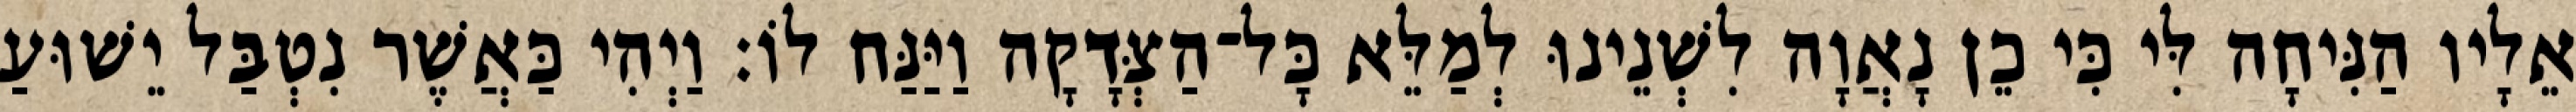
אֵלָיו הַנִּיחָה לִּי כִּי כֵן נָאֲוָה לִשְׁנֵינוּ לְמַלֵּא כָּל־הַצְּדָקָה וַיַּנַּח לוֹ׃ וַיְהִי כַּאֲשֶׁר נִטְבַּל יֵשׁוּעַ